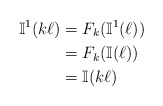
\begin{align*}\mathbb{I}^1(k\ell) &= F_k(\mathbb{I}^1(\ell)) \\&= F_k(\mathbb{I}(\ell)) \\&= \mathbb{I}(k\ell)\end{align*}